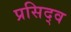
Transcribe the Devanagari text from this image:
प्रसिद्व